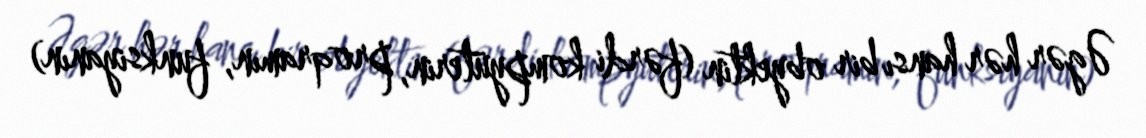
Əgər hər hansı bir obyektin (fərdi kompyüterin, proqramın, funksiyanın)